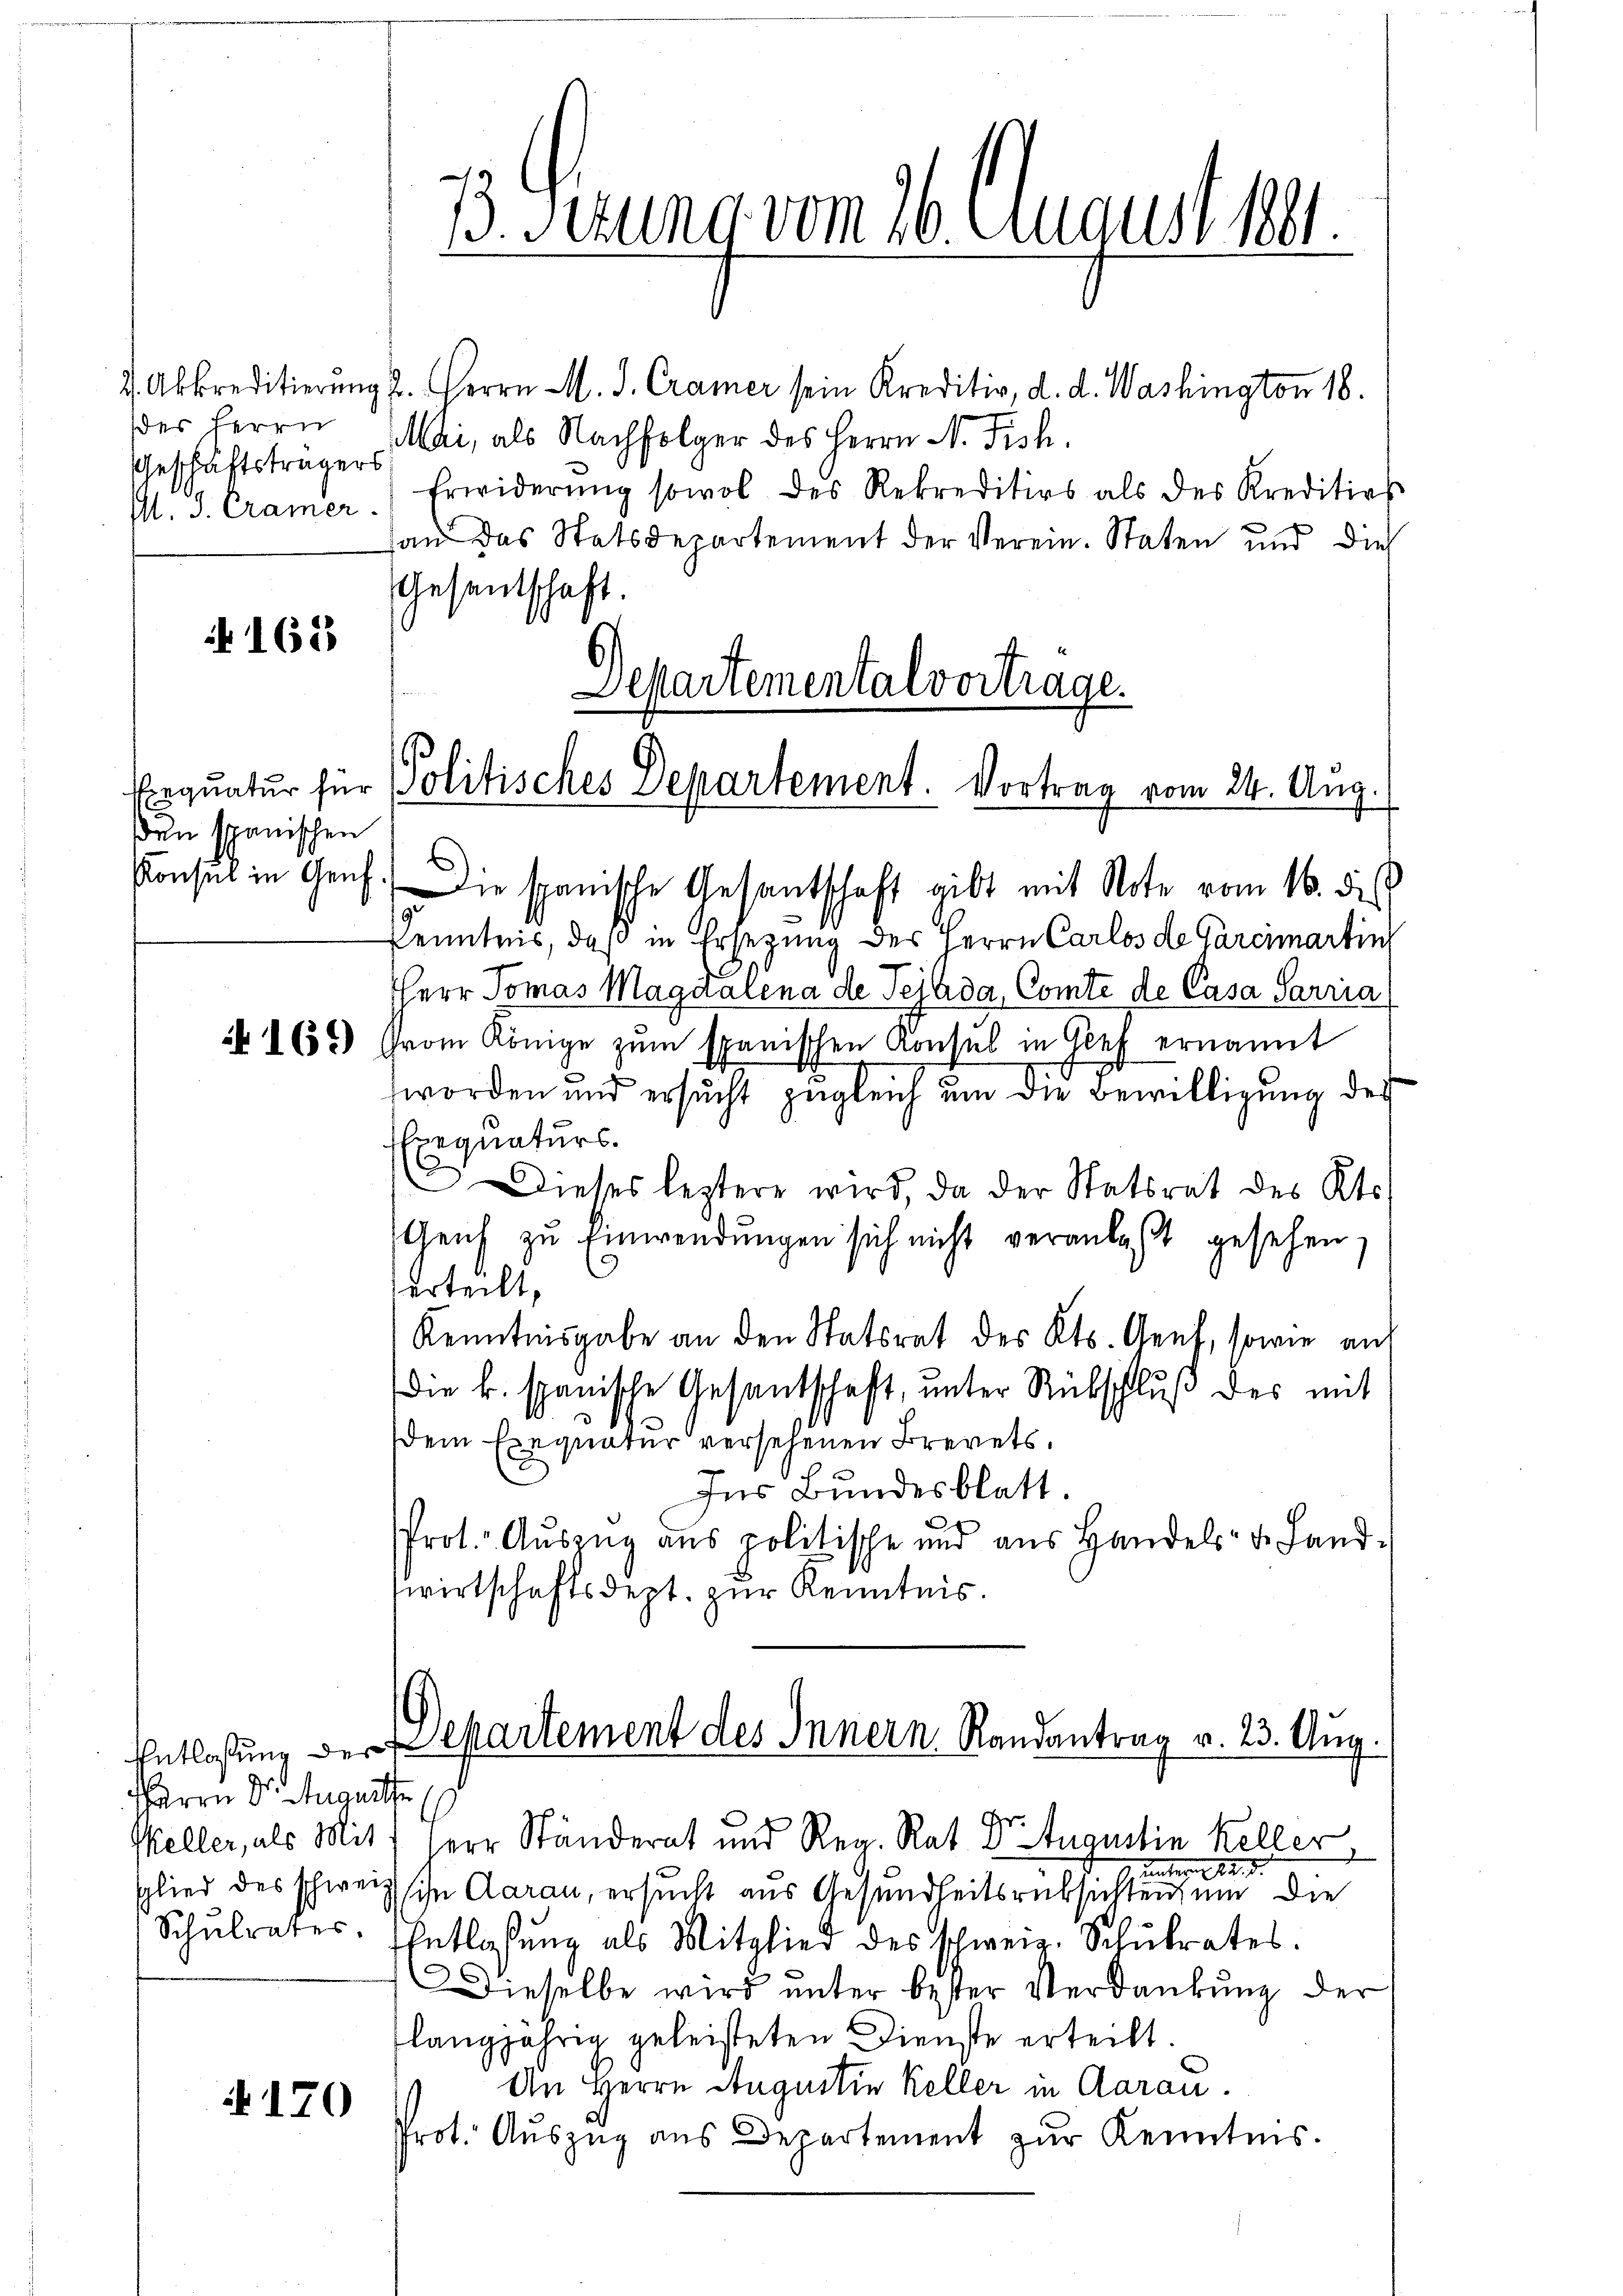
der Herrn
Geschäftsträgers

162

den spanischen

4170

2. Abkreditierung 2. Herrn M. D. Cramer sein Kreditiv, d. d. Washington 18.
Mai, als Nachfolger des Herrn N. Fisch.
I. J. Cramer Erwiderŭng sowol des Rekreditios als des Kreditios
an das Statsdepartement der Verein. Staten und dies
Gesentschaft.
Konsul in Genf. Die spanische Gesantschaft gibt mit Note vom 16. des
Kenntnis, daß in Ersezung des Herrn Carlos de Garcimartin
HHerr Tomas Magdalena de Teilda, Comte de Casa Sarria
 865) Frau Könige zum spanischen Konsul in Gief ernannt
worden und ersucht zugleich um die Bewilligung der
Exequaturs.
Dieses leztere wird, da der Statsrat des Kts.
Gleich zu Einwendungen sich nicht veranlaßt gesehen,
zerteilt,
Kenntnisgabe an den Statsrat des Kts. Genf, sowie auf
Die k. spanische Gesantschaft, unter Rückschluß des mit
dem Einquatur versehenen Brevets.
Ins Bundesblatt.
Prot. Auszug aus politische und aus Handels- u. Landwirtschaftsdept. zur Kenntnis.

HHerrn Dr. Auguitte
Schulrates.

ß. Gesung vom 16. August her

Departemental vortrage.
Erquatur für Politisches Departement. Vortrag vom 24. Aug.

Entlaßung der Repartement des Innern Randantrag v. 23. Aug.

Gr.
Keller, als Mit 7 Herr Ständerat und Reg. Rat & Augustin Keller
unterm 12. d.
Glied des schweiz siche Aarau, ersucht aus Gesundheitsrücksichtens um die
Entlassŭng als Mitglied des schweiz. Schŭlrates.
Dieselbe wird unter bester Verdankung der
langjährig geleisteten Dienste erteilt.
An Herrn Augustin Keller in Aarau
Prot. Aŭszŭg ans Departement zur Kenntnis.